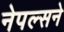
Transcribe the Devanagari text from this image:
नेपल्सने